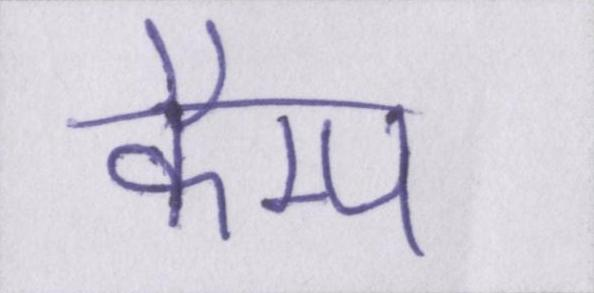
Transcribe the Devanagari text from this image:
कैम्प